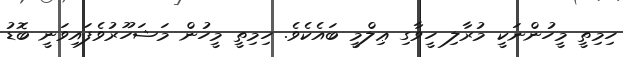
ހިމިތީ މީހުންނަކީ މުރާލި ހީވާގި ޢިލްމީ ބައެކެވެ. ހިމިތީ މީހުން މަޝަހޫރުވެފައިވަނީ ބޮޑު